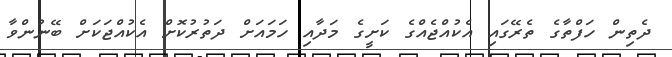
ދެތިން ހަފްތާގެ ތެރޭގައި އެކުއްޖެއްގެ ކަށީގެ މަދާއި ހަމައަށް ދަތުރުކޮށް އެކުއްޖަކަށް ބޭނުންވާ